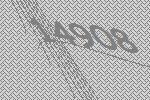
14908